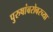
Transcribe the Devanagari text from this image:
पुरुषांबरोबरच्या